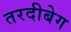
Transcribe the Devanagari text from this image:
तरदीबेग